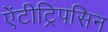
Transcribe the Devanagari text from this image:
ऐंटीट्रिपसिन